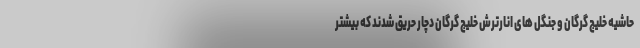
حاشیه خلیج گرگان و جنگل های انارترش خلیج گرگان دچار حریق شدند که بیشتر